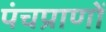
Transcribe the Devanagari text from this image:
पंचप्राणों